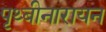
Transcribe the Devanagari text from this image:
पृथ्बीनारायन